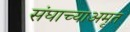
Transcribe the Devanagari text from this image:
संघाच्याअमृत